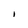
Character: I